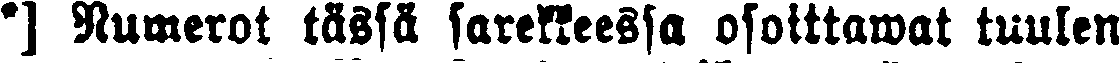
•] Numerot tassä sarekkeessa osoittawat tuulen